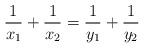
LaTeX: \begin{align*}\frac{1}{x_1} + \frac{1}{x_2} = \frac{1}{y_1} + \frac{1}{y_2} \end{align*}